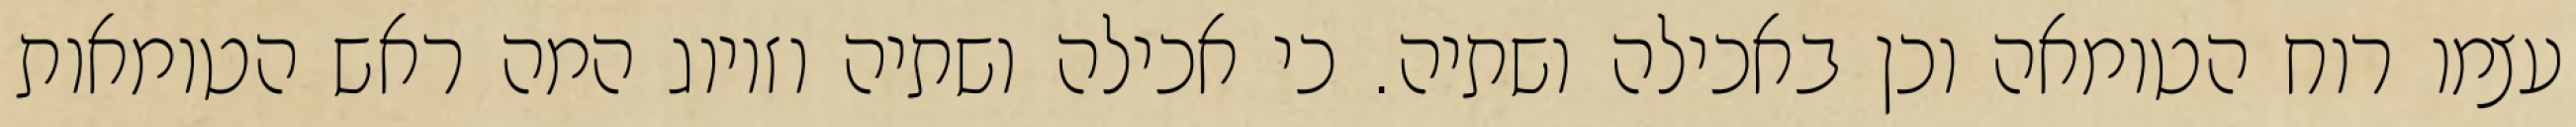
עצמו רוח הטומאה וכן באכילה ושתיה. כי אכילה ושתיה וזיווג המה ראש הטומאות